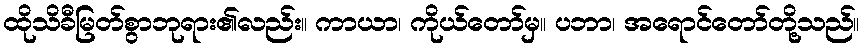
ထိုသိခီမြတ်စွာဘုရား၏လည်း။ ကာယာ၊ ကိုယ်တော်မှ။ ပဘာ၊ အရောင်တော်တို့သည်။